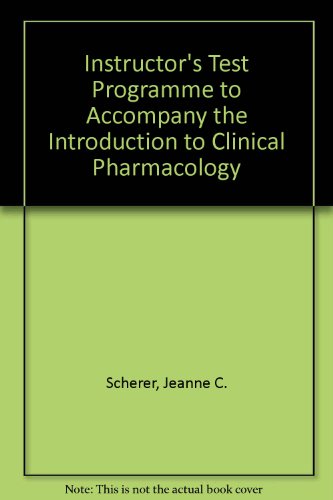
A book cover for Instructor's Test Programme to Accompany "the Introduction to Clinical Pharmacology"; Jeanne C. Scherer; Medical Books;